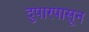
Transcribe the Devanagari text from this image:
दुपारपासून